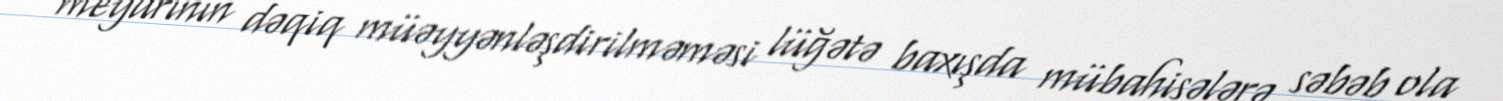
meyarının dəqiq müəyyənləşdirilməməsi lüğətə baxışda mübahisələrə səbəb ola